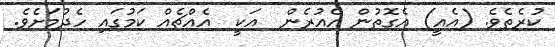
ކުރެތެވެ. (އެއީ) އެގޮތުން އެއުރެން  އަކީ  އެއްޗެއް ކަމުގައި ހެދުމަށެވެ.